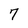
Character: 7